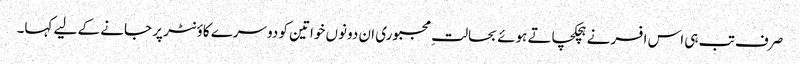
صرف تب ہی اس افسر نے ہچکچاتے ہوئے بحالتِ مجبوری ان دونوں خواتین کو دوسرے کاؤنٹر پر جانے کے لیے کہا۔